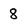
Character: 8